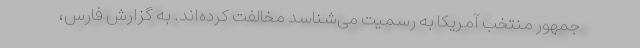
‌جمهور منتخب آمریکا به رسمیت می‌شناسد مخالفت کرده‌اند. به گزارش فارس،